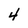
Character: 4